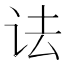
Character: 𫍜